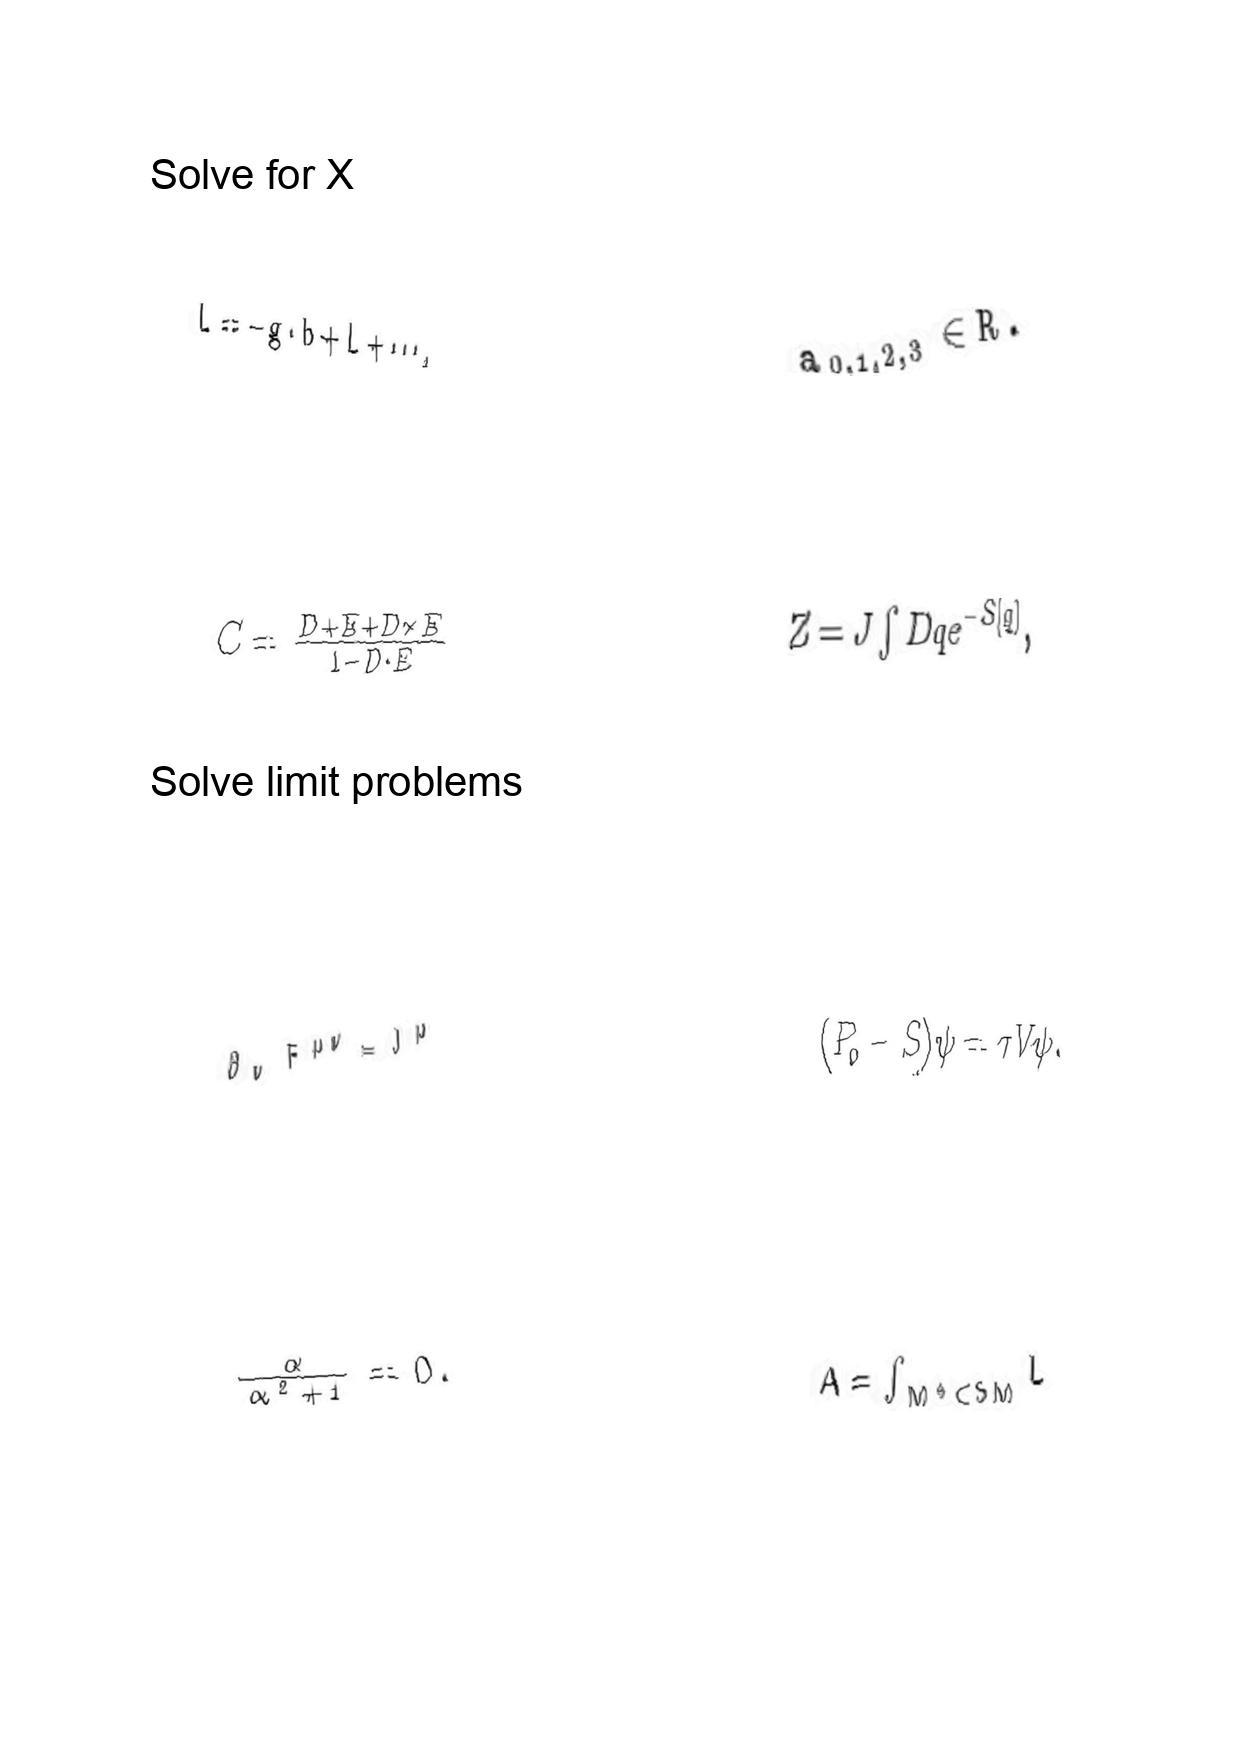
LaTeX transcription:
\bar { L } = - g \cdot b + L + \@cdots ,
C = \frac { D + E + D \times E } { 1 - D \cdot E }
\partial _ { \nu } F ^ { \mu \nu } = J ^ { \mu }
\frac { \alpha } { \alpha ^ { 2 } + 1 } = 0 .
a _ { 0 , 1 , 2 , 3 } \in R .
Z = J \int D q e ^ { - S \lbrack q \rbrack } ,
\lparen P _ { 0 } - S \rparen \psi = \tau V \psi .
A = \int _ { M ^ { 4 } \subset S M } L